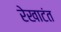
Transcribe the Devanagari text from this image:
रेखाटंत